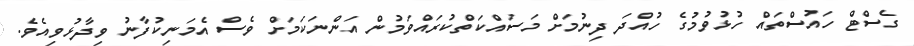
ގެސްޓް ހައުސްތައް ހުޅުވުމުގެ ހުއްދަ ދިނުމަށް މަސައްކަތްކުރައްވަމުން އަންނަކަމަށް ވެސް އެމަނިކުފާނު ވިދާޅުވިއެވެ.